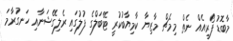
މާބޮޑު ފޯރިއެއް ނެތް މިމެޗް މާޒިޔާ ކާމިޔާބުކުރީ ޓޭބަލްގެ ފުލުގައި ރެލިގޭޝަނާއި ހަނގުރާމަ